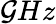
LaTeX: \mathcal{G}Hz